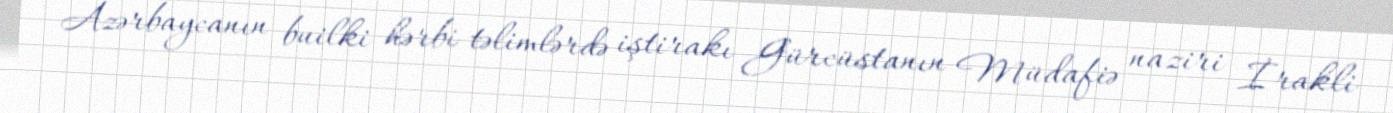
Azərbaycanın builki hərbi təlimlərdə iştirakı Gürcüstanın Müdafiə naziri İrakli